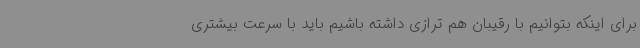
برای اینکه بتوانیم با رقیبان هم ترازی داشته باشیم باید با سرعت بیشتری